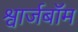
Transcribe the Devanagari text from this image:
श्वार्जबॉम